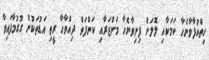
ހިތްއުފާވާނެހާ ކަމަކާއި ލޮލަށް ފިނިވާނެހާ މަންޒަރާއި ކަންފަތް ދިއްވާހާ ރީތި އަޑުތަކުން ގުގުމާފައިވާ